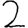
Digit: 2